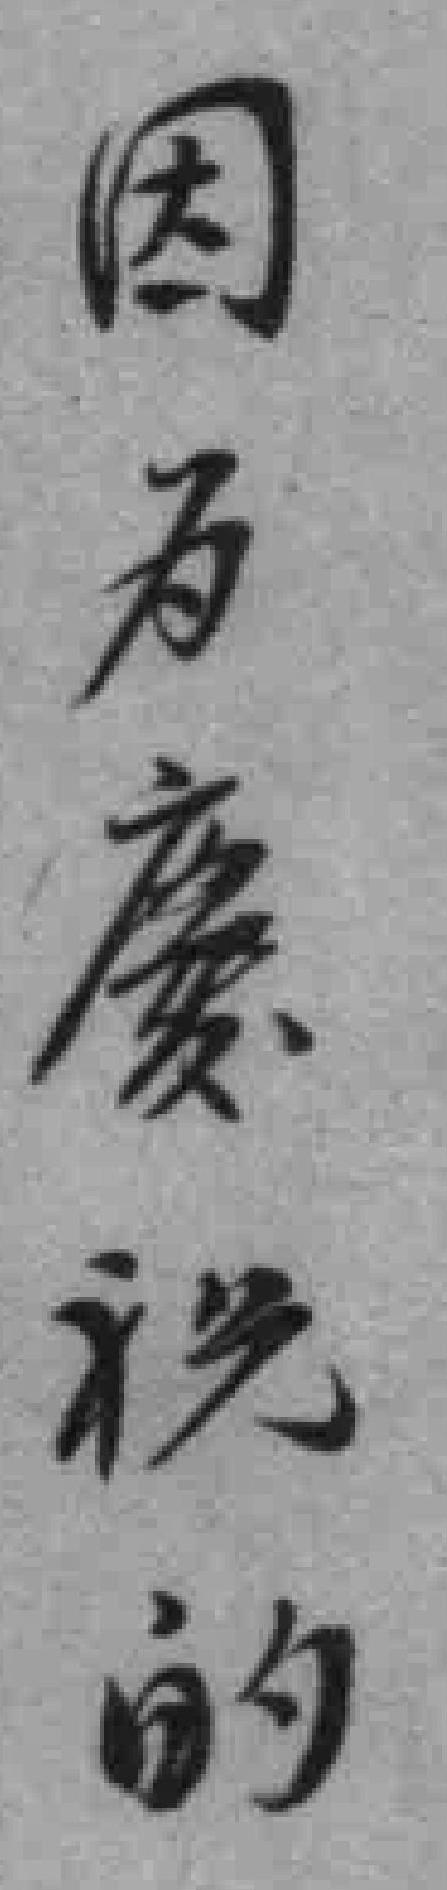
因为慶祝的